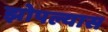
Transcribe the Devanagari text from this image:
झोपल्यास